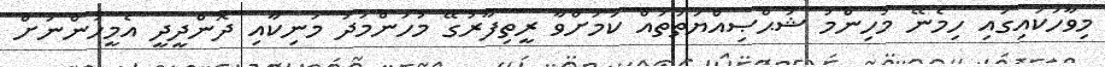
މިވާހަކައިގައި ހިމެނޭ މުހިންމު ޝަޙްޞިއްޔަތުތައް ކަމަށްވާ ރީތިފާރުގޭ މުހަންމަދު މަނިކާއި ދޮންދީދީ އެމީހުންނަށް